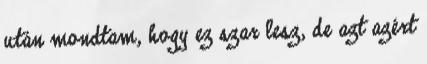
után mondtam, hogy ez szar lesz, de azt azért